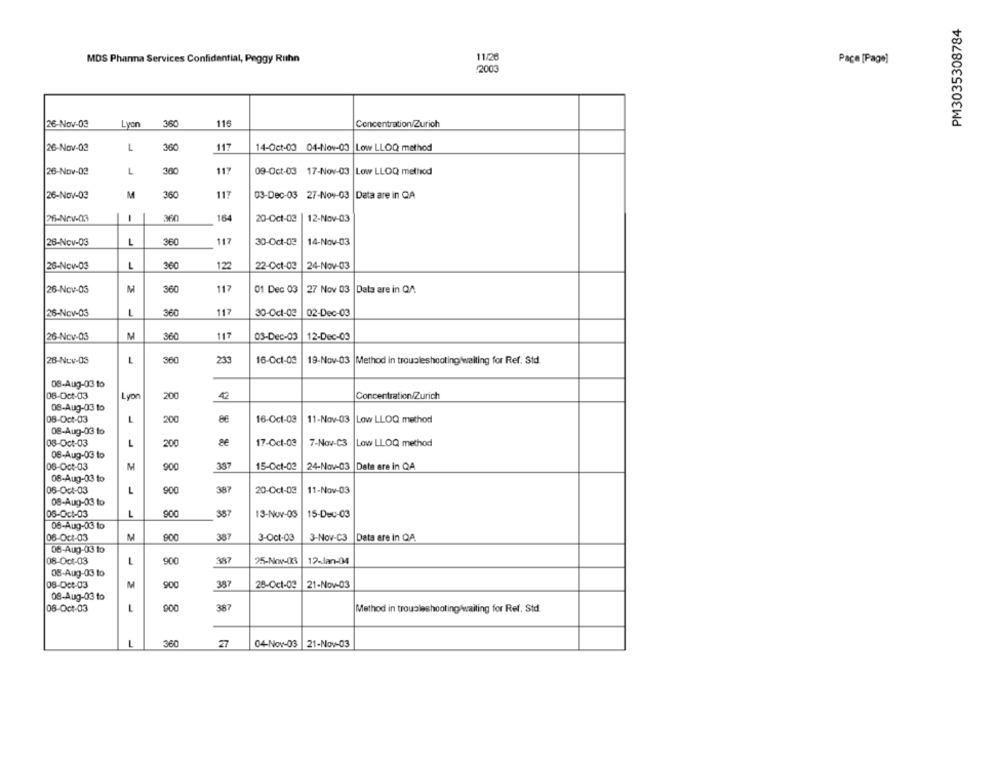
PM3035308784
MDS Pharma Services Confidential, Peggy Ruthn
11/20
Page [Page]
2003
26-Nov-03
360
116
Concentration/Zurich
Lyon
26-Nov-03
L
300
117
14-Oct-03 04-Nov-03 Low LLOQ method
26-Nov-02
L
300
117
09-Oct-03 17-Nov-03 Low LLOQ method
26-Nov-03
M
360
117
03-Dec-03 27-Nov-03 |Data are in QA
26-Nov-03
-
164
20-Oct-02
12-Nov-03
26-Nov-03
L
360
117
30-Oct-03
14-Nov-03
26-Nov-03
1
360
122
22-Oct-03
24-Nov-03
26-Nov-03
M
360
117
01 Dec 03
27 Nov 03 |Data are in Q/
26-Nov-03
L
360
117
30-Oct-03
02-Dec-03
26-Nov-03
M
360
117
03-Dec-03
12-Dec-03
28-Nov-05
1
360
233
16-Oct-03
19-Nov-03 Method in troubleshooting/waiting for Ref. Std.
08-Aug-03 to
08-Oct-03
Lyon
200
42
Concentration/Zurich
08-Aug-03 to
08-Oct-03
L
16-Oct-03
11-Nov-03 Low LLOQ method
200
08-Aug-03 to
08-Oct-03
17-Oct-03
7-Nov-C3
L
200
Low LLOQ method
08-Aug-03 to
337
15-Oct-02
24-Nov-03
06-Oct-03
M
900
Data are in QA
08-Aug-03 to
387
06-Oct-03
L
900
20-Oct-03
11-Nov-03
08-Aug-03 to
06-Oct-03
L
900
387
13-Nov-03
15-Dec-03
08-Aug-03 to
06-Oct-03
M
387
3-Oct-03
3-Nov-C3
Data are in QA.
08-Aug-03 to
08-Oct-03
L
900
25-Nov-03
12-lan-04
08-Aug-03 to
08-Oct-03
M
900
387
28-Oct-03
21-Nov-03
08-Aug-03 to
08-Oct-03
L
900
387
Method in troubleshootingwaiting for Ref. Std
360
27
04-Nov-03
21-Nov-03